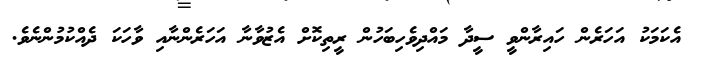
އެކަމަކު އަހަރެން ހައިރާންވީ ސީދާ މައްދިވެހިބަހުން ރީތިކޮށް އެޒުވާނާ އަހަރެންނާއި ވާހަކަ ދެއްކުމުންނެވެ.